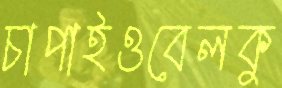
চাপাইওবেলকু